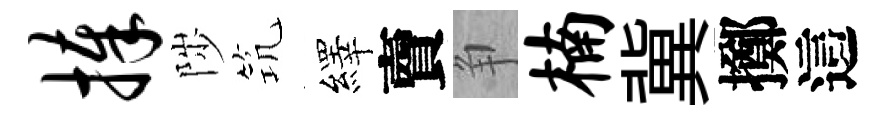
捧陟𥬑繹𧶠争楠冀擲這